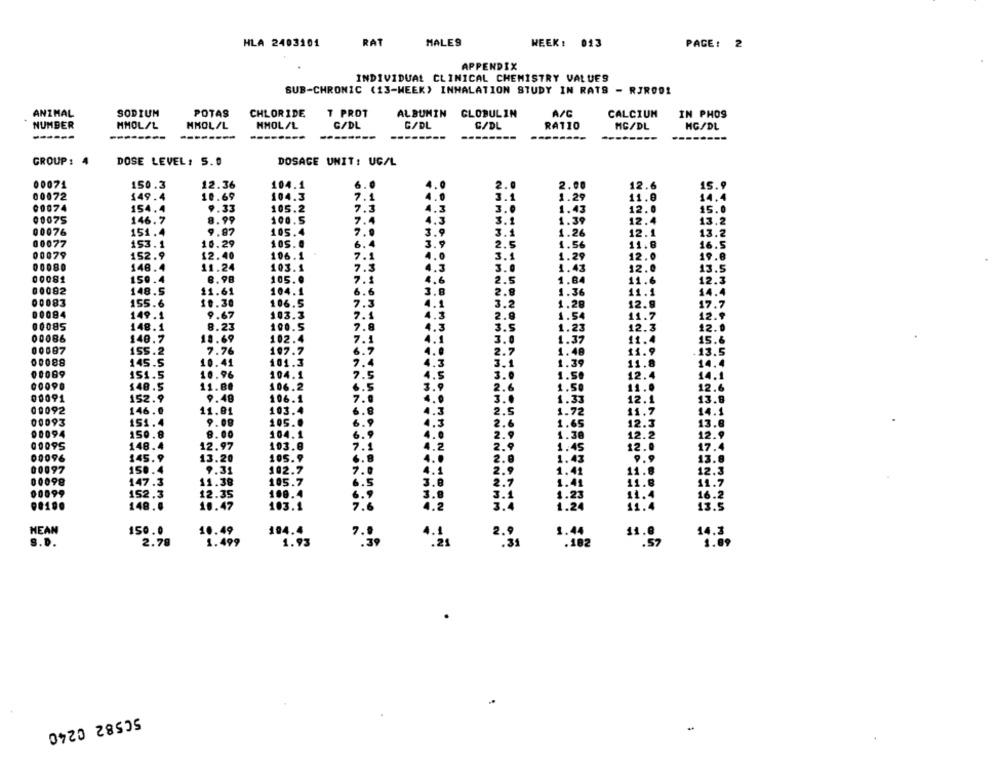
HLA 2403101
RAT
MALE9
WEEK: 013
PACE: 2
APPENDIX
INDIVIDUAL CLINICAL CHEMISTRY VALUES
SUB-CHRONIC (13-WEEK) INHALATION STUDY IN RATS - RJR001
ANIMAL
SODIUM
POTAS
CHLORIDE
T PROT
ALBUMIN GLOBULIN
A/C
CALCIUM
IN PHOS
G/DL
NUMBER
MMOL/L
MMOL/L
NMOL/L
G/DL
C/DL
RAT10
MG/DL
MG/DL
------
---
-----
-----
-------
GROUP: 4
DOSE LEVEL: 5. 0
DOSAGE UNIT: UC/L
00071
150.3
12.36
104.1
6.0
2.0
2.00
12.6
15.9
00072
149.4
10.69
104.3
7.1
1.0
3.1
1.29
11.0
14.4
00074
154.4
9.33
105.2
7.3
4.3
3.0
1.43
12.0
15.0
00075
146.7
8.99
100.5
7.4
4.3
3.1
1.39
12.4
13.2
00076
151.4
9.87
105.4
3.9
3.1
1.26
12.1
13.2
00077
153.1
10.29
105.0
6.4
3.9
2.5
1.56
11.8
16.5
00079
152.9
12.40
106.1
12.0
7.1
4.0
3.1
1.29
19.8
00080
148.4
11.24
103.1
7.3
4.3
3.0
1.43
12.
00081
150.4
8.98
105.0
7.1
4.6
2.5
1.84
11.6
12.3
00082
148.5
11.61
104.1
6.6
3.8
2.9
1.36
11.1
14.4
106.5
12.9
00083
155.6
10.30
7.3
.1
3.2
1.28
17.7
00094
149.1
9.67
103.3
7.1
2.9
1.54
11.7
12.9
00085
148.1
8.23
100.5
7.8
3
3.5
1.23
12.3
12.0
00086
140.7
18.69
102.4
7.1
3.0
15.6
1.37
11.4
00687
1SS.2
7.76
107.7
2.7
1.48
11.9
13.5
00088
145.5
10.41
101.3
7.
.3
1.39
3.1
11.8
00089
151.5
10.96
104.1
7.
.5
3.0
1.5.
12.4
14.1
00090
148.5
11.80
106.2
1.50
12.6
2.6
11.0
00091
152.9
9.48
106.1
7.0
3.0
1.37
12.1
13.9
6.8
00092
146.0
11.01
103.4
3
2.5
1.72
11.7
14.1
00093
151.4
9.08
105.0
6.9
2.6
1.65
12.3
13.8
104.1
6. 9
12.9
00094
150.8
8.00
2.9
1.30
12.2
00095
148.4
12.97
103.8
7.1
1.2
MON
2.9
1.45
12.0
17.
00096
145.9
13.20
105.9
6.8
4 ..
2.0
1.43
00097
150.4
9.31
102.7
7.0
4.1
2.9
1.41
11.8
12.3
00098
11.38
105.7
6.5
3.8
2.7
1.41
11.8
11.7
00099
152.3
12.35
108.4
6.9
16.2
1.23
148.0
10.47
103.1
7.6
1.24
13.5
HEAN
150.0
10.49
104.4
1.44
14.3
1.499
2.9
11.0
S.D.
2.78
1.93
.31
.182
.57
1.09
..
50582 0240